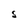
Character: S